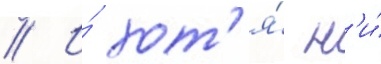
// И́ хот'я́ н'и́